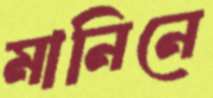
মানিনে